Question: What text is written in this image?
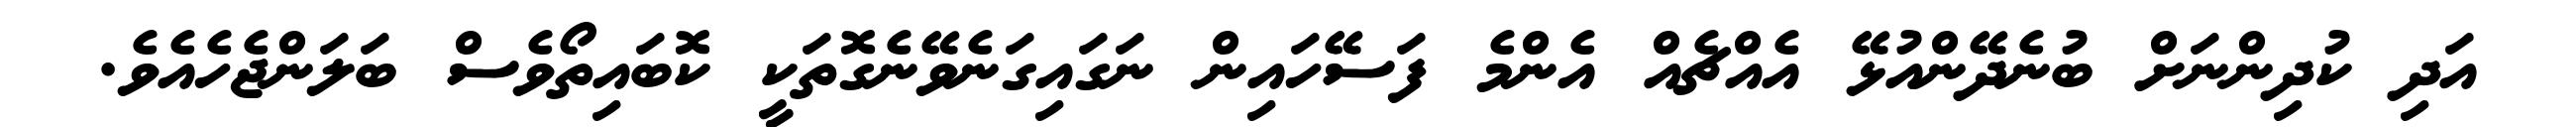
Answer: އަދި ކުދިންނަށް ބުނެދޭންއުޅޭ އެއްޗެއް އެންމެ ފަސޭހައިން ނަގައިގަނެވޭނެގޮތަކީ ކޮބައިތޯވެސް ބަލަންޖެހެއެވެ.